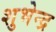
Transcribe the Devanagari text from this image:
शुभेन्द्र